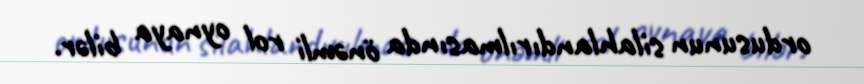
ordusunun silahlandırılmasında önəmli rol oynaya bilər.